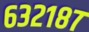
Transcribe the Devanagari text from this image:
६३२१८७